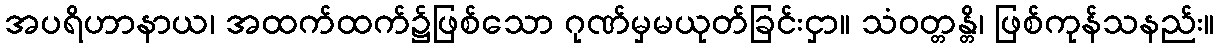
အပရိဟာနာယ၊ အထက်ထက်၌ဖြစ်သော ဂုဏ်မှမယုတ်ခြင်းငှာ။ သံဝတ္တန္တိ၊ ဖြစ်ကုန်သနည်း။